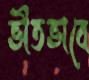
ভীতভাবে